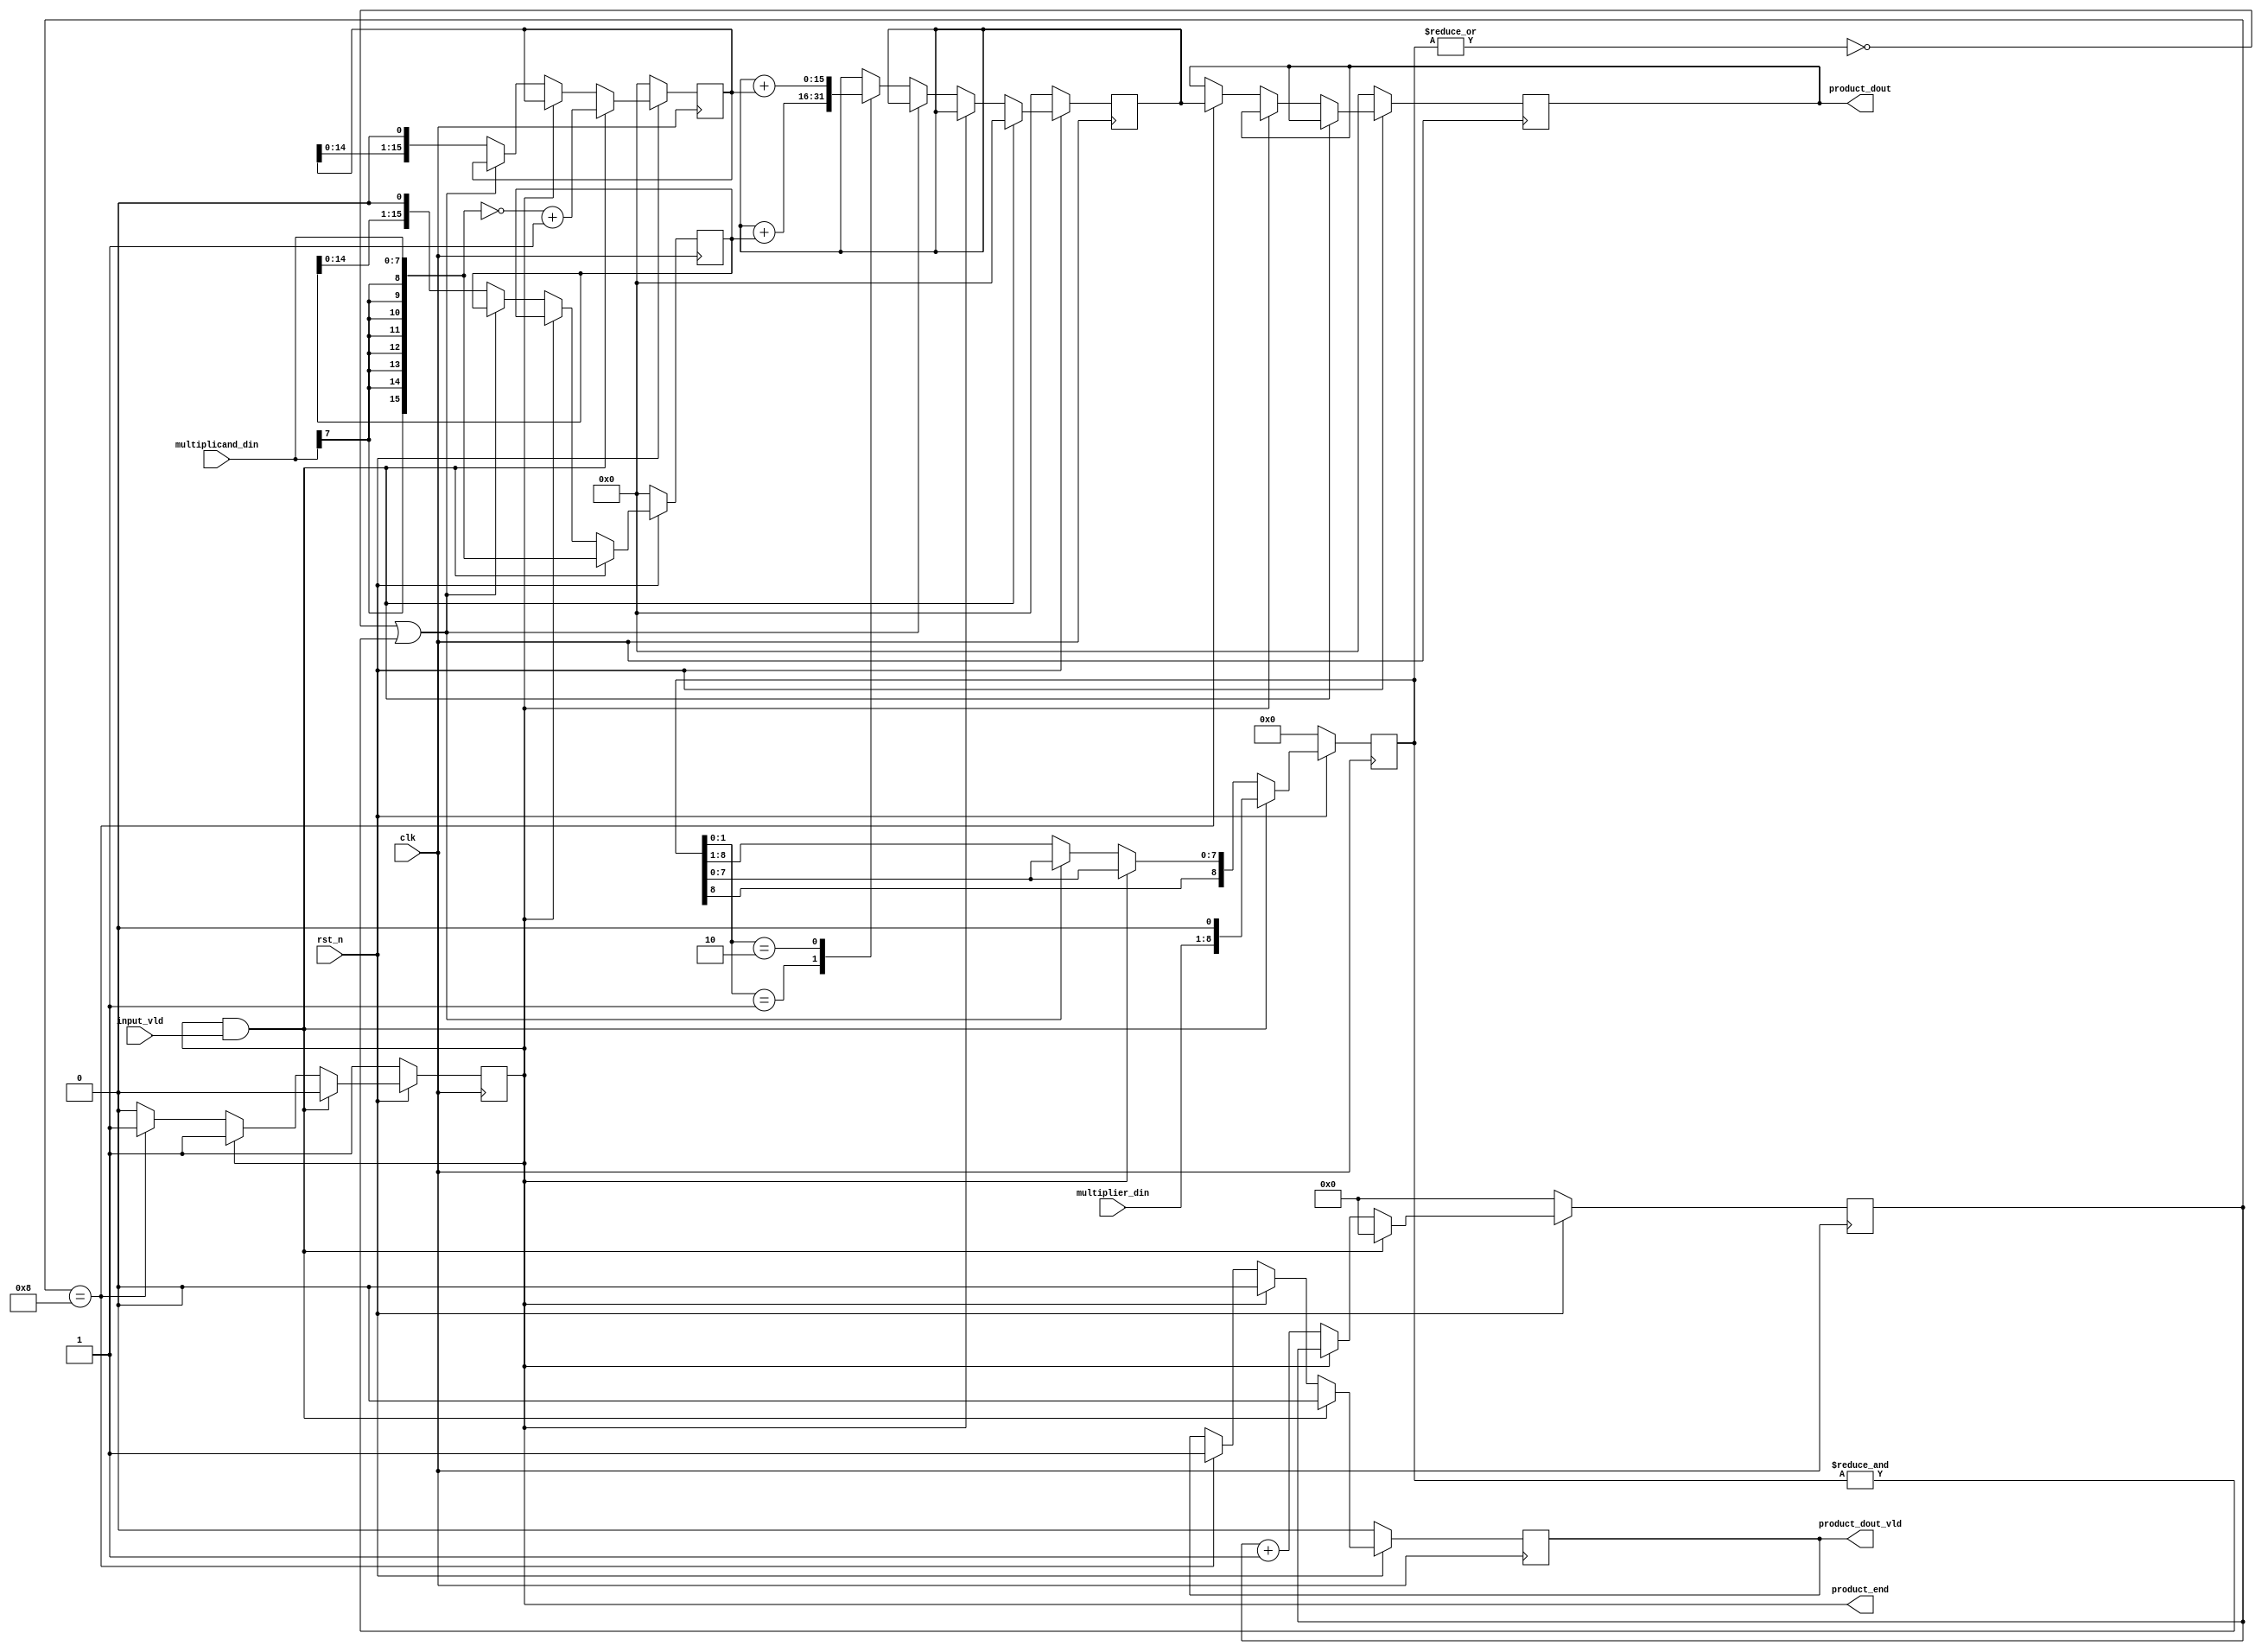
module qmult#(
    parameter N = 8
    )(
    input wire clk,
    input wire rst_n,
    input wire input_vld,
    input wire [N-1:0] multiplicand_din,
    input wire [N-1:0] multiplier_din,
    output reg [N*2-1:0] product_dout,
    output reg product_dout_vld,
    output reg product_end
);

    // reg [1:0] product_state;
    reg [2*N-1:0] multiplicand_temp;    // 
    reg [2*N-1:0] inv_multiplicand_temp;    // 
    reg [N:0] multiplier_temp;
    reg [2*N-1:0] product_working;
    reg [5:0] multiplier_cnt;    // 64=2^6
    wire [1:0] booth_code; 
    wire product_stop;

    assign booth_code = multiplier_temp[1:0];
    assign product_stop = (~|multiplier_temp)||(&multiplier_temp);

    always @(posedge clk) begin
        if(rst_n == 1'b0) begin
            // product_state <= 1'b0;
            multiplicand_temp <= 0;
            inv_multiplicand_temp <= 0;
            multiplier_temp <= 0;
            product_working <= 0;
            multiplier_cnt <= 0;

            product_dout <= 0;
            product_dout_vld <= 1'b0;
            product_end <= 1'b1;
        end else if(product_end && input_vld) begin
            product_dout_vld <= 1'b0;
            product_end <= 1'b0;

            multiplicand_temp <= {{N{multiplicand_din[N-1]}}, multiplicand_din}; 
            inv_multiplicand_temp <= ~{{N{multiplicand_din[N-1]}}, multiplicand_din} + 1'b1;
            multiplier_temp <= {multiplier_din, 1'b0};
            product_working <= 0;
            multiplier_cnt <= 0;
        end else if(!product_end) begin
            if(~product_stop) begin 
                case(booth_code)
                   2'b01 : product_working <= product_working + multiplicand_temp;
                   2'b10 : product_working <= product_working + inv_multiplicand_temp;
                   default: product_working <= product_working;
               endcase 
               multiplicand_temp <= {multiplicand_temp[N*2-2:0],1'b0};          // 0
               inv_multiplicand_temp <=  {inv_multiplicand_temp[N*2-2:0],1'b0}; // 0
               multiplier_temp <= {multiplier_temp[N], multiplier_temp[N:1]};   // 
            end
            multiplier_cnt <= multiplier_cnt + 1;
            if(multiplier_cnt == N)  begin
                product_end <= 1'b1;
                product_dout_vld <= 1'b1;
                product_dout <= product_working;
            end
        end else if (product_dout_vld) begin
            product_dout_vld <= 1'b0;
        end
    end

    // // Dump waves
    // initial begin
    //     $dumpfile("qmult.vcd");
    //     $dumpvars(1, qmult);
    // end

endmodule